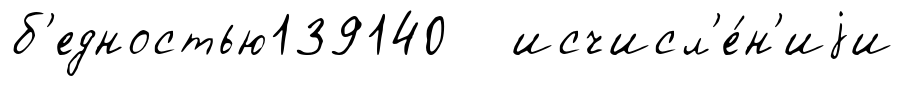
б'едностью139140 исчисл'е́н'иjи